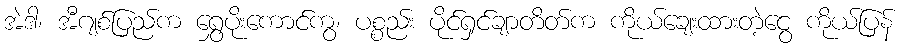
အဲဒါ၊ အီဂျစ်ပြည်က ရွှေပိုးကောင်ကွ၊ ပစ္စည်း ပိုင်ရှင်ချာတိတ်က ကိုယ်ချေးထားတဲ့ငွေ ကိုယ်ပြန်